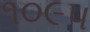
૧૦૯૫